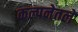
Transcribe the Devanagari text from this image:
कल्पनेतले